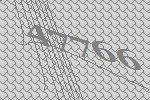
47766